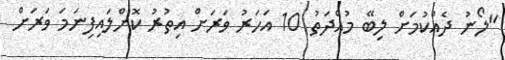
"ލޯނު ދެއްކުމަށް ލިބޭ މުއްދަތު 10 އަހަރު ވަރަށް އިތުރު ކޮށްލައިފިނަމަ ވަރަށް